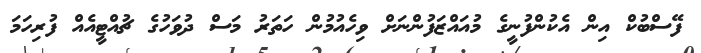
ފޭސްބުކް އިން އެކުންފުނީގެ މުއައްޒަފުންނަށް ވިހެއުމުން ހަތަރު މަސް ދުވަހުގެ ޗުއްޓީއެއް ފުރިހަމަ